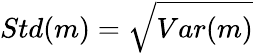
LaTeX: Std(m)=\sqrt{Var(m)}